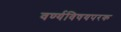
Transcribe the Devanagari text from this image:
वर्ण्यविषयपरक